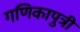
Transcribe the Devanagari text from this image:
गणिकापुत्री